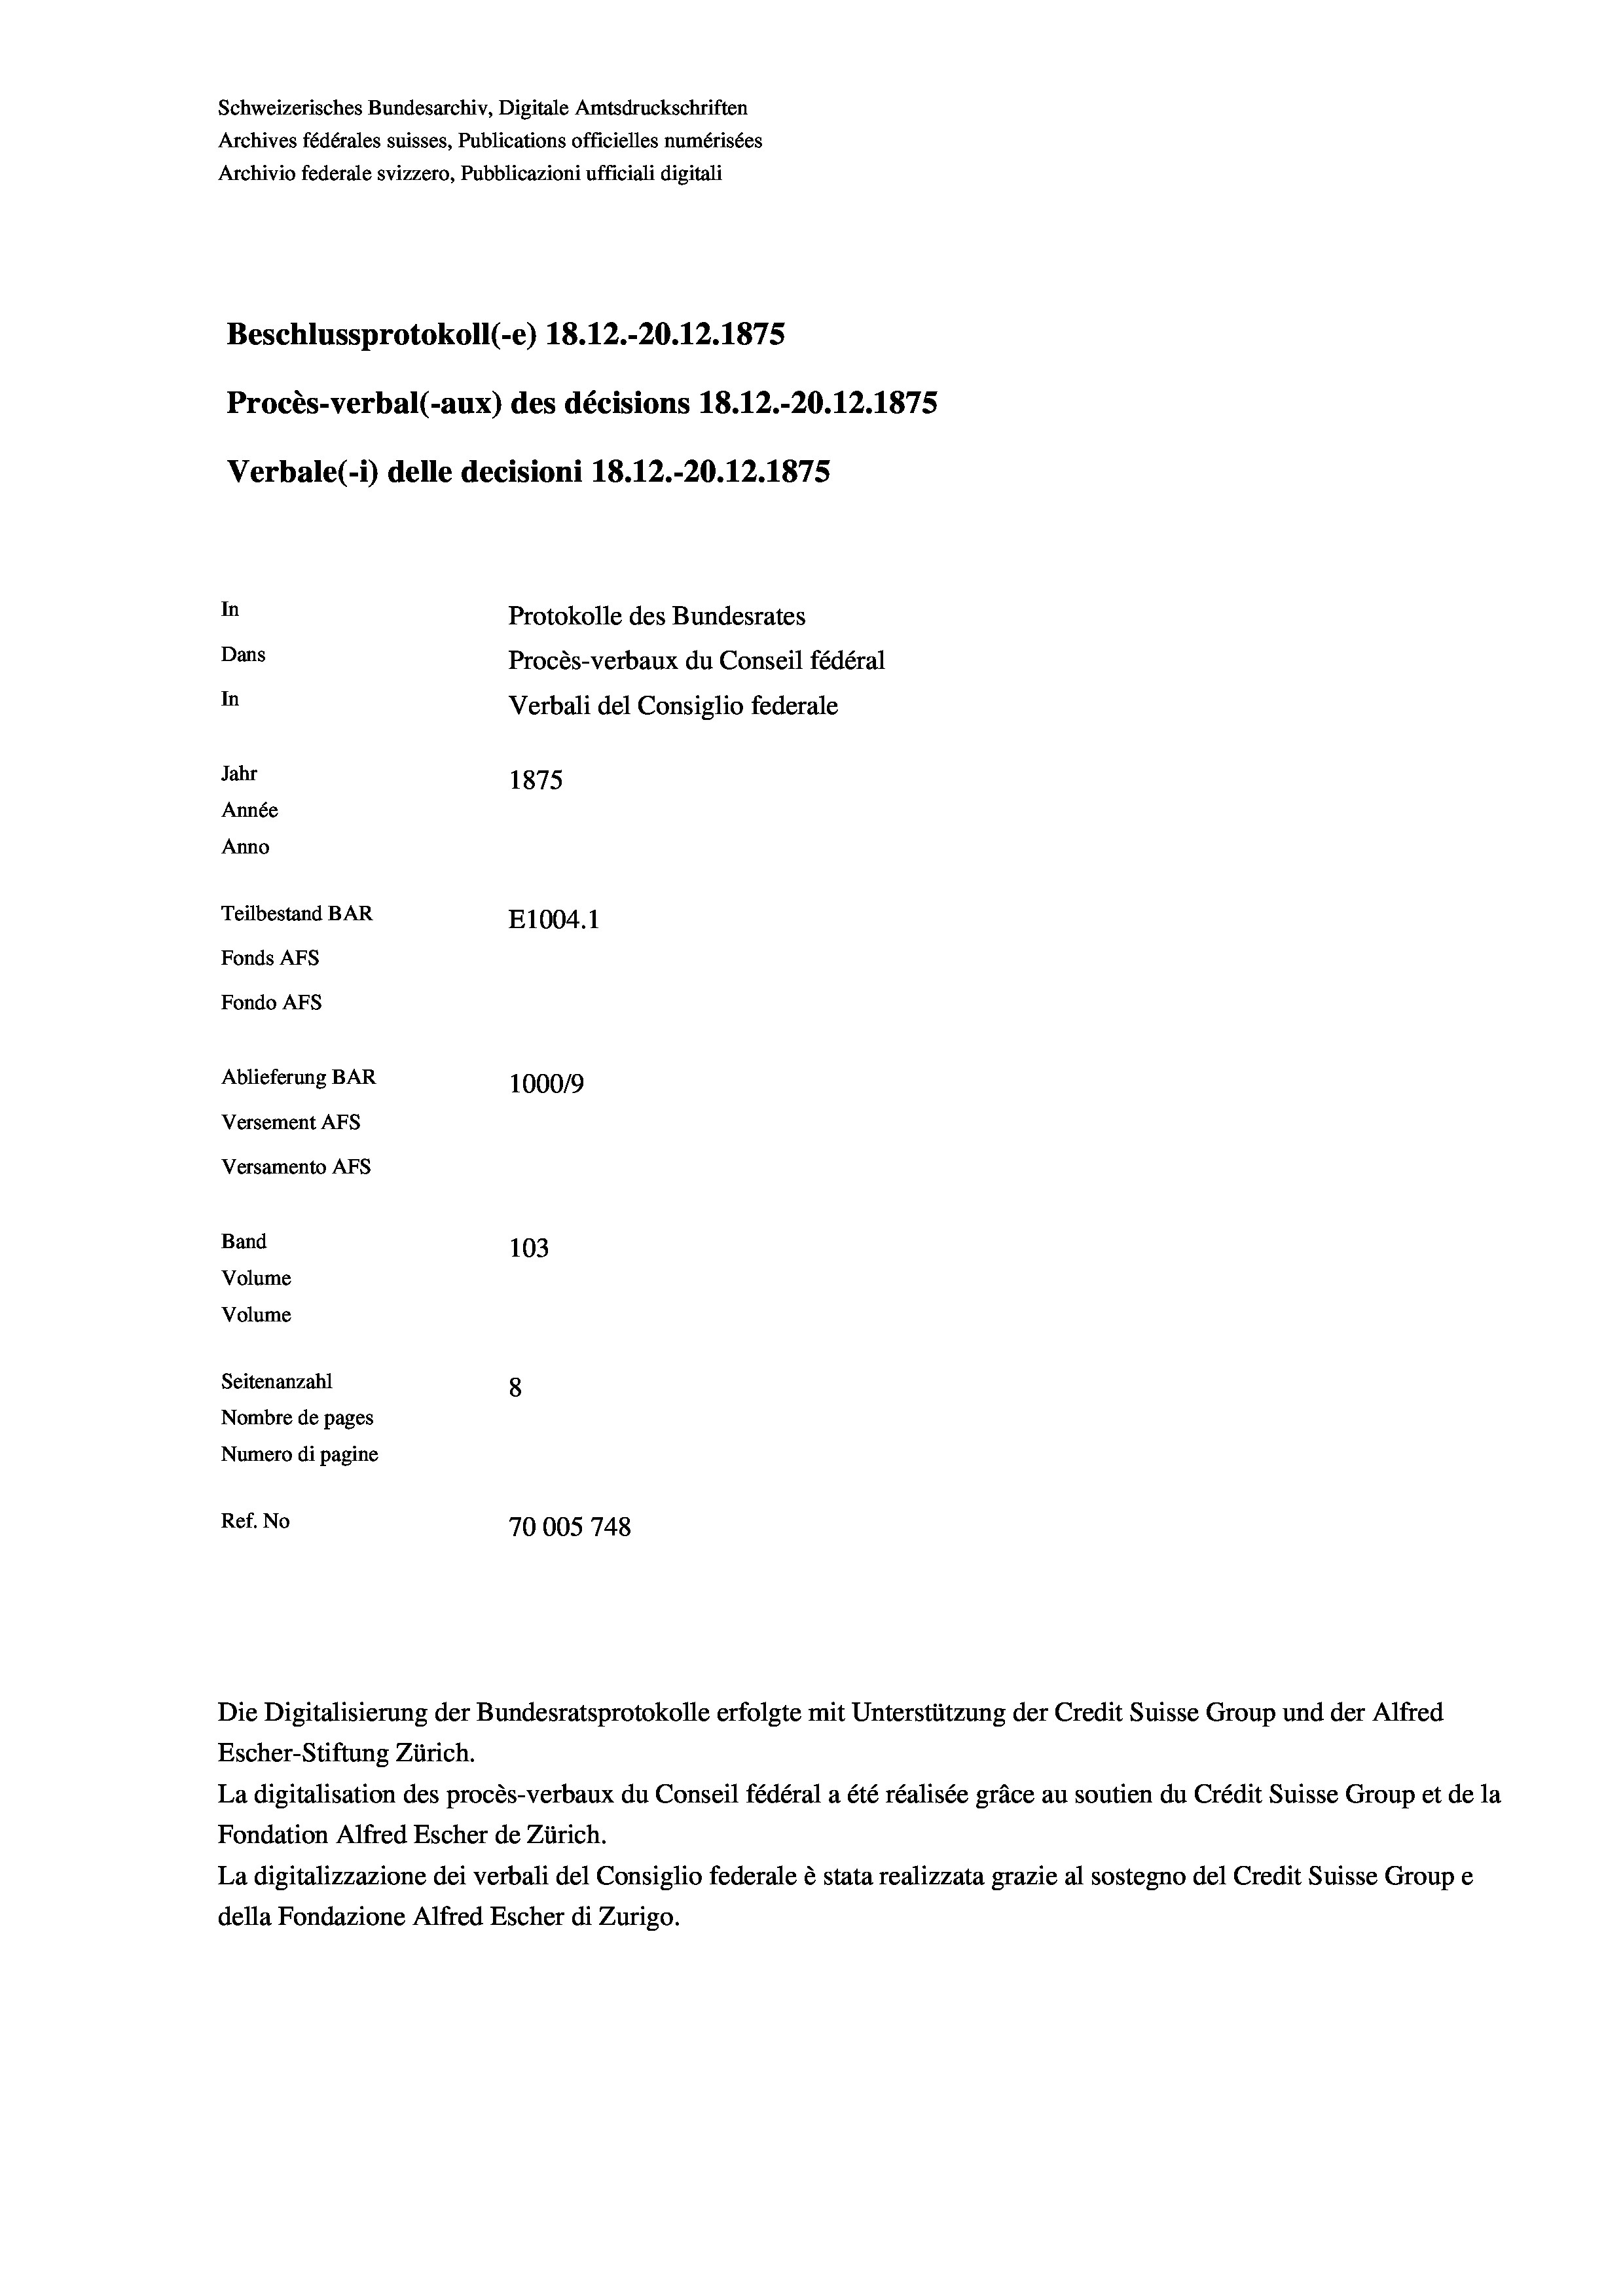
Schweizerisches Bundesarchiv, Digitale Amtsdruckschriften
Archives fédérales suisses, Publications officielles numérisées
Archivio federale svizzero, Pubblicazioni ufficiali digitali
Beschlussprotokoll (-e) 18. 12.-20.12.1875
Procès-verbal (-aux) des décisions 18.12.-20.12.1875
Verbale (i) delle decisioni 18. 12.-20.12.1875
In
Protokolle des Bundesrates
Dans
Procès-verbaux du Conseil fédéral
In
Verbali del Consiglio federale
Jahr
1875
Année
Anno
Teilbestand BAR
E1004. 1
Fonds AEs
Fondo Afs
Ablieferung BAR
100019
Versement AFs
Versamento Afs
Band
103

Volume
Seitenanzahl
8
Nombre de pages
Numero di pagine
Ref. No
70005748

Volume

Escher-Stiftung Zürich.
La digitalisation des procès-verbaux du Conseil fédéral a été réalisée gräce au soutien du Crédit Suisse Group et de la
Fondation Alfred Escher de Zürich.
La digitalizzazione dei verbali del Consiglio federale è stata realizzata grazie al sostegno del Credit Suisse Groupe
della Fondazione Alfred Escher di Zurigo.

Die Digitalisierung der Bundesratsprotokolle erfolgte mit Unterstützung der Credit Suisse Group und der Alfred